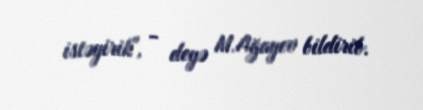
istəyirik", - deyə M.Ağayev bildirib.